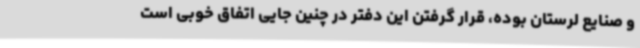
و صنایع لرستان بوده، قرار گرفتن این دفتر در چنین جایی اتفاق خوبی است